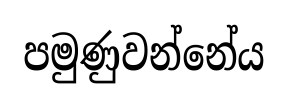
පමුණුවන්නේය